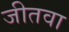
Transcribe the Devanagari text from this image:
जीतवा